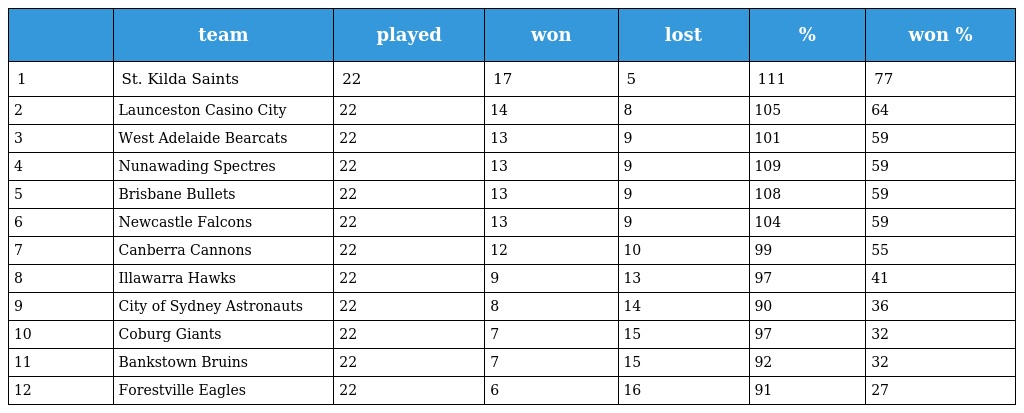
|  | team | played | won | lost | % | won % |
 | --- | --- | --- | --- | --- | --- | --- |
 | 1 | St. Kilda Saints | 22 | 17 | 5 | 111 | 77 |
 | 2 | Launceston Casino City | 22 | 14 | 8 | 105 | 64 |
 | 3 | West Adelaide Bearcats | 22 | 13 | 9 | 101 | 59 |
 | 4 | Nunawading Spectres | 22 | 13 | 9 | 109 | 59 |
 | 5 | Brisbane Bullets | 22 | 13 | 9 | 108 | 59 |
 | 6 | Newcastle Falcons | 22 | 13 | 9 | 104 | 59 |
 | 7 | Canberra Cannons | 22 | 12 | 10 | 99 | 55 |
 | 8 | Illawarra Hawks | 22 | 9 | 13 | 97 | 41 |
 | 9 | City of Sydney Astronauts | 22 | 8 | 14 | 90 | 36 |
 | 10 | Coburg Giants | 22 | 7 | 15 | 97 | 32 |
 | 11 | Bankstown Bruins | 22 | 7 | 15 | 92 | 32 |
 | 12 | Forestville Eagles | 22 | 6 | 16 | 91 | 27 |